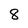
Character: 8